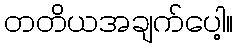
တတိယအချက်ပေါ့။